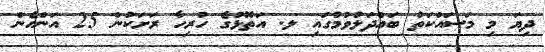
ދިޔަ މި މަސައްކަތު ބައްދަލުވުމުގައި ލ. އަތޮޅުގެ ހުރިހާ ރަށަކުން 25 އަންހެން